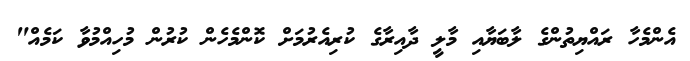
އެންމެހާ ރައްޔިތުންގެ ލާބަޔާއި މާލީ ދާއިރާގެ ކުރިއެރުމަށް ކޮންމެހެން ކުރުން މުހިއްމުވާ ކަމެއް"